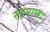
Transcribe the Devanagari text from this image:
रुद्रमाम्बा